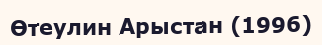
Өтеулин Арыстан (1996)